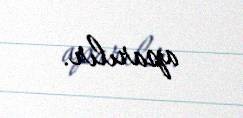
aparılır.